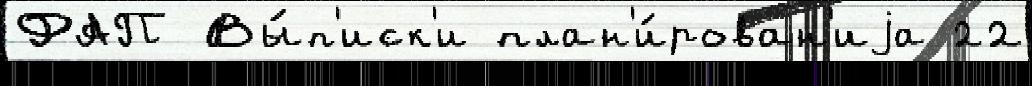
ФАП Вы́п'иск'и план'и́рован'иjа 22